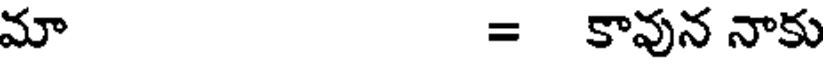
మా = కావున నాకు